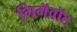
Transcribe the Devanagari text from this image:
गिगॅवॉट